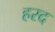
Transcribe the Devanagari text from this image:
हरद